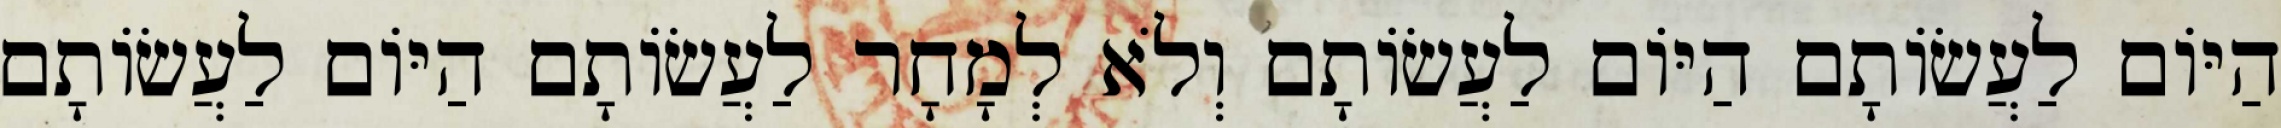
הַיּוֹם לַעֲשׂוֹתָם הַיּוֹם לַעֲשׂוֹתָם וְלֹא לְמָחָר לַעֲשׂוֹתָם הַיּוֹם לַעֲשׂוֹתָם